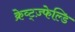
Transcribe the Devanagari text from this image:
क्रेव्ट्ज़्फेल्डि